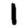
Digit: 1